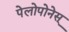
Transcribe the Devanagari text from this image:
पेलोपोनेस्